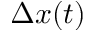
\Delta x ( t )